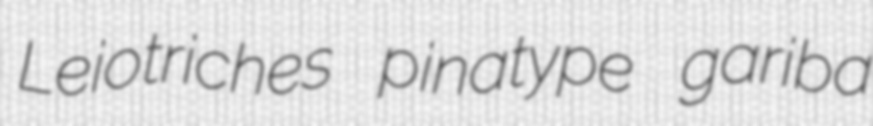
Leiotriches pinatype gariba